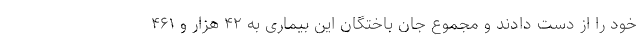
خود را از دست دادند و مجموع جان باختگان این بیماری به ۴۲ هزار و ۴۶۱